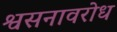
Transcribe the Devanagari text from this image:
श्वसनावरोध